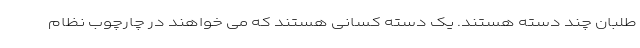
طلبان چند دسته هستند. یک دسته کسانی هستند که می خواهند در چارچوب نظام